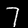
Label: 7